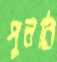
পুনর্নি